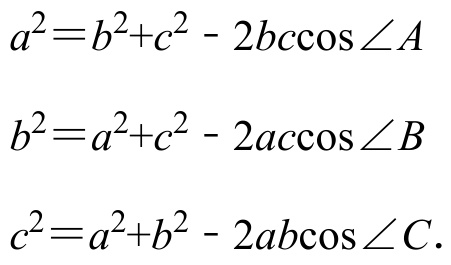
\[
\begin{align*}
a^{2}&=b^{2}+c^{2}-2bc\cos\angle A\\
b^{2}&=a^{2}+c^{2}-2ac\cos\angle B\\
c^{2}&=a^{2}+b^{2}-2ab\cos\angle C.
\end{align*}
\]